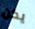
يكن